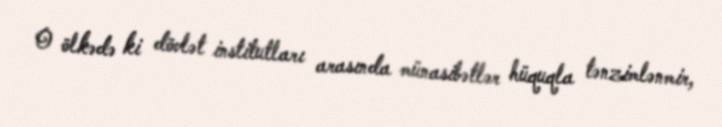
O ölkədə ki dövlət institutları arasında münasibətlər hüquqla tənzimlənmir,